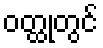
ဝတ္ထုတွင်